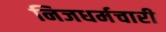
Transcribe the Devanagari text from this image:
निजधर्मचारी